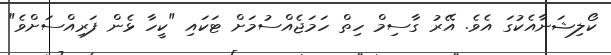
ކޯލިޝަނާއެކުގަ އެވެ. އޭރު ގާސިމް ހިތް ހަމަޖެއްސުމަށް ޓަކައި "ކީހާ ޅެން ފަރިއްސަށްވެ"